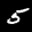
Digit: 5